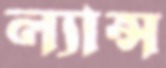
ল্যান্স